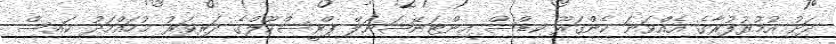
ދަށު އުމުރުފުރާގެ އެއްވަނަ ކެންގަރޫ ކިޑްސް އިންޓަނޭޝަނަލް ޕްރީސްކޫލްގެ ދަރިވަރު މުހައްމަދު ކައިސް